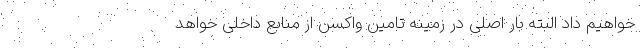
خواهیم داد البته بار اصلی در زمینه تامین واکسن از منابع داخلی خواهد